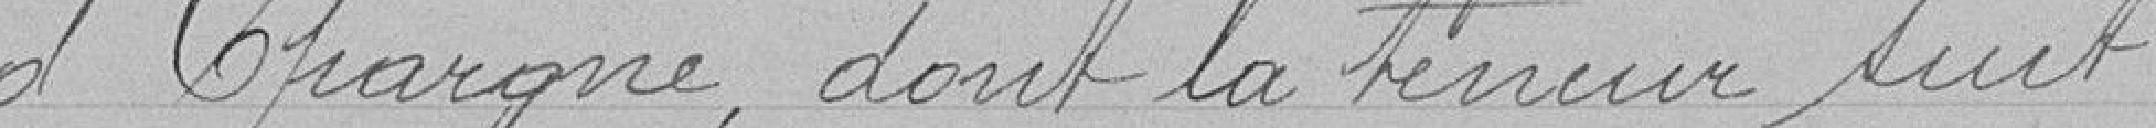
d'Epargne, dont la teneur suit :